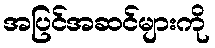
အပြင်အဆင်များကို